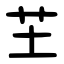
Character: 芏